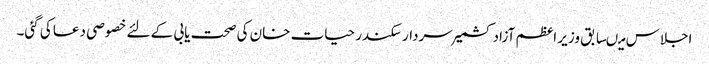
اجلاس میںسابق وزیر اعظم آزاد کشمیر سردار سکندر حیات خان کی صحت یابی کے لئے خصوصی دعا کی گئی۔